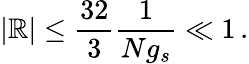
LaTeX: \vert{\cal\mathbb{R}}\vert\le\frac{{32}}{{3}}\frac{{1}}{{Ng_{s}}}\ll1\, .